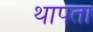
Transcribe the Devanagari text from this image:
थापता